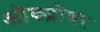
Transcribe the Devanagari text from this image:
ऒक्य़ोबर